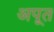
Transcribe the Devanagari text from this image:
अपूत